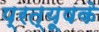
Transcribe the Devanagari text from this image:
प्रत्यूषके